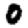
Digit: 0